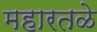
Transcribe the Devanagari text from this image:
महारतळे